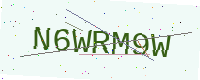
Text: N6WRM9W